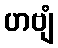
ဟဗျံ